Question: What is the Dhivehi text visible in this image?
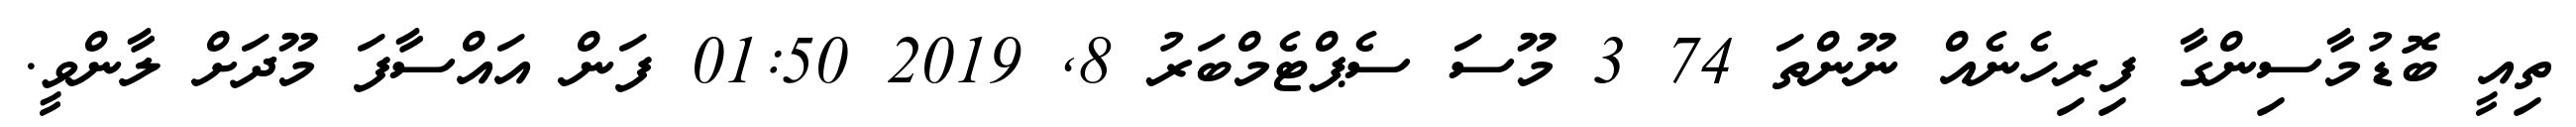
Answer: ތިއީ ބޮޑުމާސިންގާ ފިރިހެނެއް ނޫންތަ 74 3 މޫސަ ސެޕްޓެމްބަރު 8, 2019 01:50 ފަން އައްސާފަ މޫދަށް ލާންވީ.